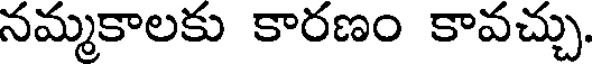
నమ్మకాలకు కారణం కావచ్చు.